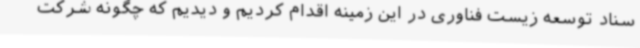
سناد توسعه زیست فناوری در این زمینه اقدام کردیم و دیدیم که چگونه شرکت